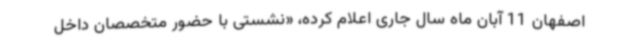
اصفهان 11 آبان ماه سال جاری اعلام کرده، «نشستی با حضور متخصصان داخل